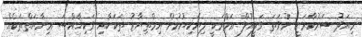
މިއަދު ސަރުކާރަކީ ނުވަތަ ވަލީއުލް އަމްރަކީ ލިޔެކިޔުމުން އިމްތިޔާޒު ތަކަކާއި ވަކިޚާއްސަ ޢިނާޔަތްތަކެއް